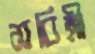
সবিত্রী